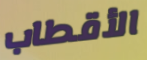
الأقطاب